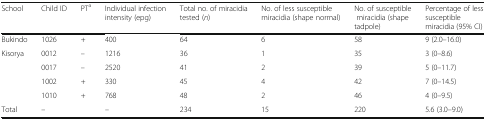
<table><thead><tr><td><b>School</b></td><td><b>Child ID</b></td><td><b>PT<sup>a</sup></b></td><td><b>Individual infection intensity (epg)</b></td><td><b>Total no. of miracidia tested (<i>n</i>)</b></td><td><b>No. of less susceptible miracidia (shape normal)</b></td><td><b>No. of susceptible miracidia (shape tadpole)</b></td><td><b>Percentage of less susceptible miracidia (95% CI)</b></td></tr></thead><tbody><tr><td>Bukindo</td><td>1026</td><td>+</td><td>400</td><td>64</td><td>6</td><td>58</td><td>9 (2.0–16.0)</td></tr><tr><td rowspan="4">Kisorya</td><td>0012</td><td>–</td><td>1216</td><td>36</td><td>1</td><td>35</td><td>3 (0–8.6)</td></tr><tr><td>0017</td><td>–</td><td>2520</td><td>41</td><td>2</td><td>39</td><td>5 (0–11.7)</td></tr><tr><td>1002</td><td>+</td><td>330</td><td>45</td><td>4</td><td>42</td><td>7 (0–14.5)</td></tr><tr><td>1010</td><td>+</td><td>768</td><td>48</td><td>2</td><td>46</td><td>4 (0–9.5)</td></tr><tr><td>Total</td><td>–</td><td></td><td>–</td><td>234</td><td>15</td><td>220</td><td>5.6 (3.0–9.0)</td></tr></tbody></table>